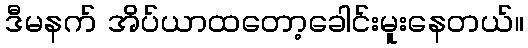
ဒီမနက် အိပ်ယာထတော့ခေါင်းမူးနေတယ်။